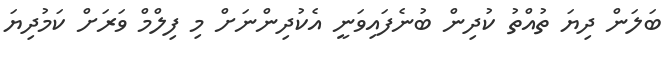
ބަލަން ދިޔަ ތުއްތު ކުދިން ބުނެފައިވަނީ އެކުދިންނަށް މި ފިލްމް ވަރަށް ކަމުދިޔަ